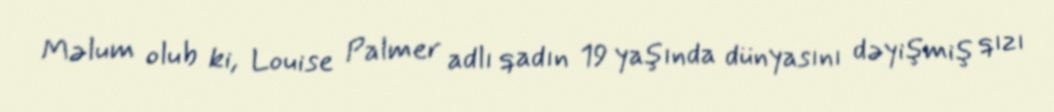
Məlum olub ki, Louise Palmer adlı qadın 19 yaşında dünyasını dəyişmiş qızı